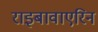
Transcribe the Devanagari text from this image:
राइबावाएरिन